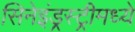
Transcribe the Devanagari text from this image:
सिनेइंड्रस्ट्रीमध्ये